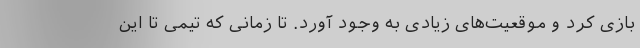
بازی کرد و موقعیت‌های زیادی به وجود آورد. تا زمانی که تیمی تا این